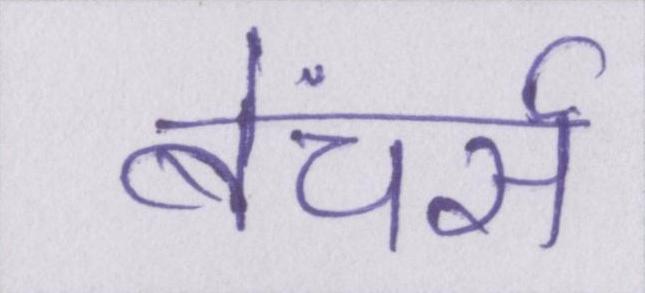
बेंचर्स